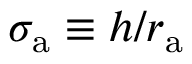
\sigma _ { \mathrm { a } } \equiv h / r _ { \mathrm { a } }